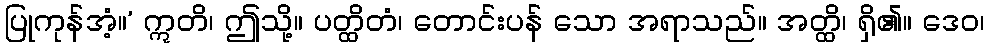
ပြုကုန်အံ့။’ ဣတိ၊ ဤသို့။ ပတ္ထိတံ၊ တောင်းပန် သော အရာသည်။ အတ္ထိ၊ ရှိ၏။ ဒေဝ၊